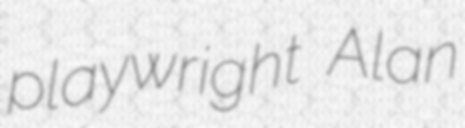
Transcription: playwright Alan